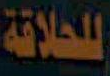
للحلاقة